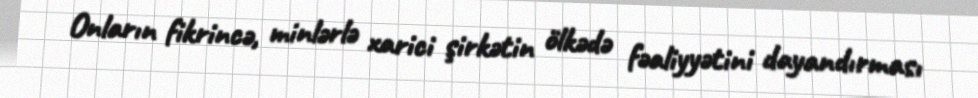
Onların fikrincə, minlərlə xarici şirkətin ölkədə fəaliyyətini dayandırması